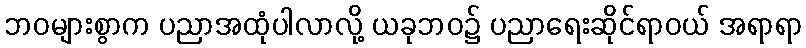
ဘဝများစွာက ပညာအထုံပါလာလို့ ယခုဘဝ၌ ပညာရေးဆိုင်ရာဝယ် အရာရာ